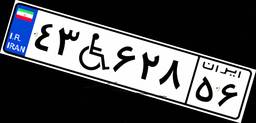
۴۳W۶۲۸۵۶